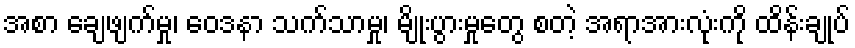
အစာ ချေဖျက်မှု၊ ဝေဒနာ သက်သာမှု၊ မျိုးပွားမှုတွေ စတဲ့ အရာအားလုံးကို ထိန်းချုပ်